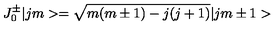
J _ { 0 } ^ { \pm } | j m > = \sqrt { m ( m \pm 1 ) - j ( j + 1 ) } | j m \pm 1 >